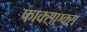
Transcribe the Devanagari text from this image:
फाक्सएक्स